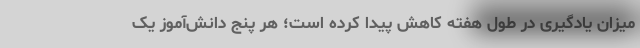
میزان یادگیری در طول هفته کاهش پیدا کرده است؛ هر پنج دانش‌آموز یک